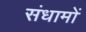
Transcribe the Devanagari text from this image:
संधामों